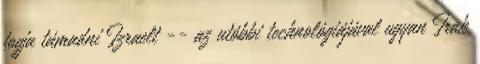
fogja támadni Izraelt -- az utóbbi technológiájával ugyan Irak